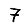
Digit: 7